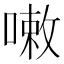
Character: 𠻳